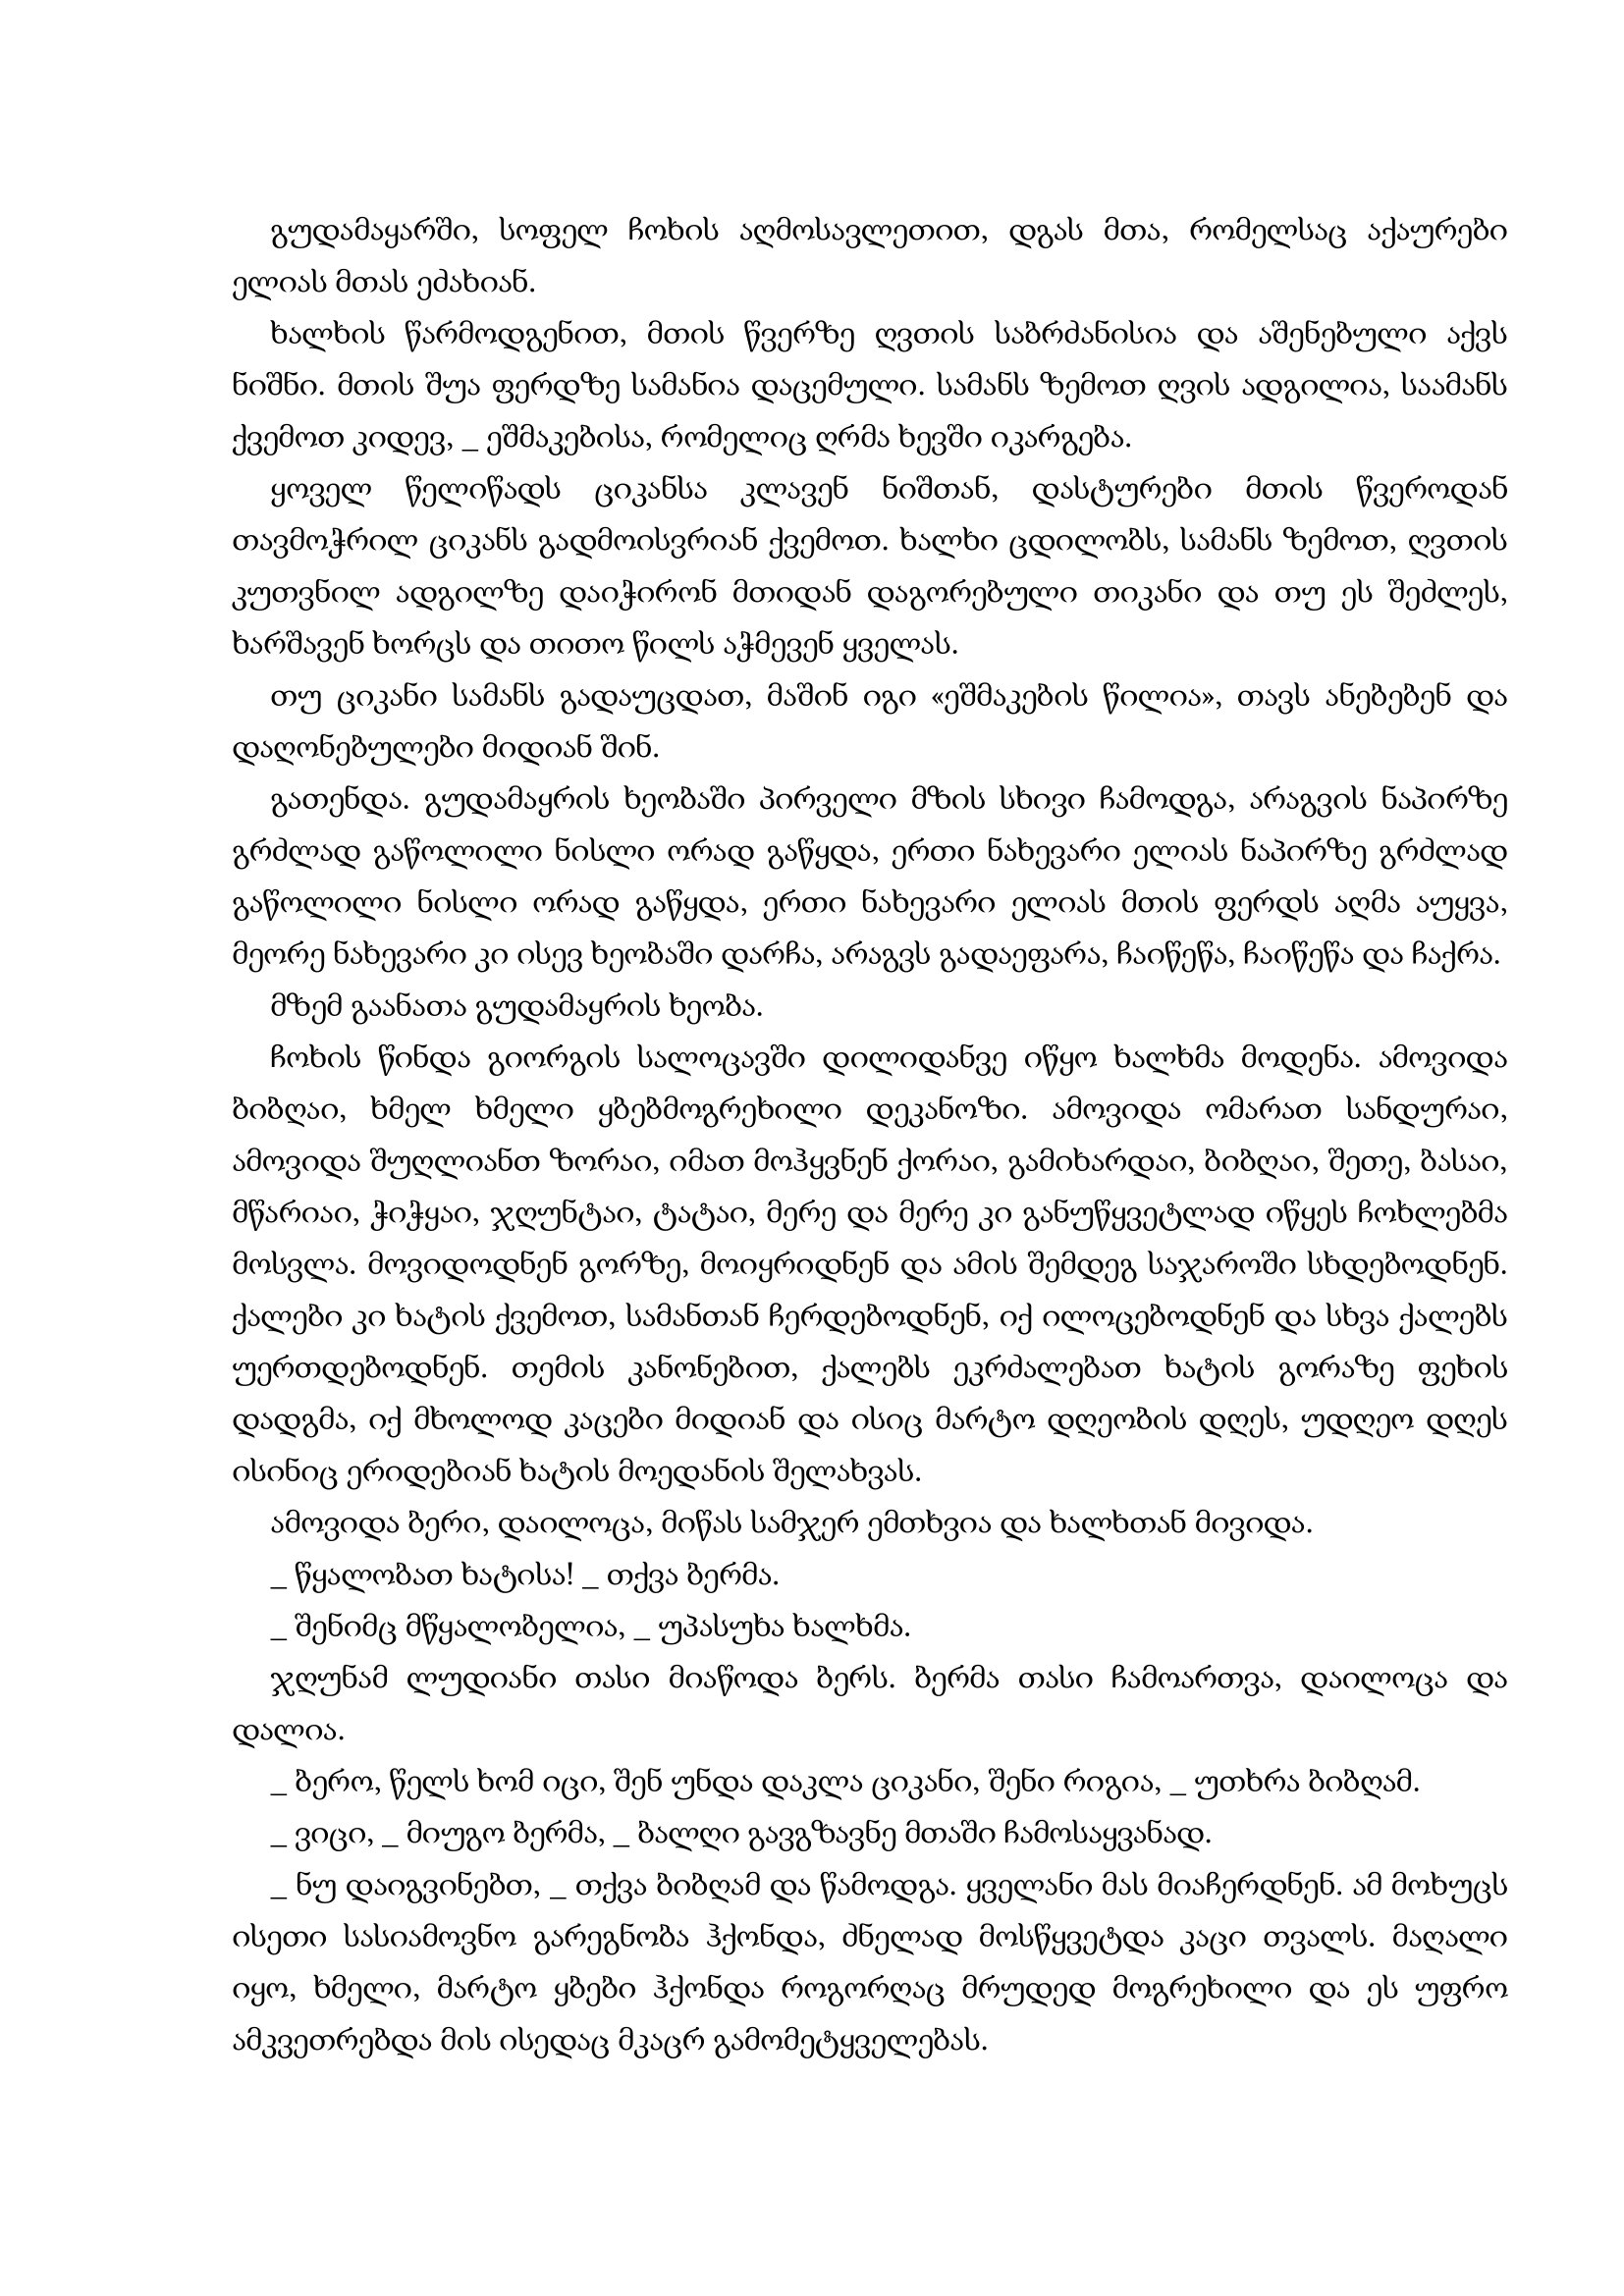
Language: gr